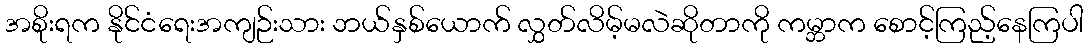
အစိုးရက နိုင်ငံရေးအကျဉ်းသား ဘယ်နှစ်ယောက် လွှတ်လိမ့်မလဲဆိုတာကို ကမ္ဘာက စောင့်ကြည့်နေကြပါ